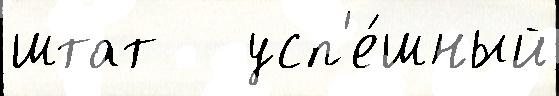
штат   усп'е́шный